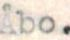
Åbo.